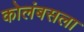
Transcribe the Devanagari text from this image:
कोलंबसला